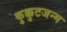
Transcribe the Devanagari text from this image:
कुक्कुटजन्म